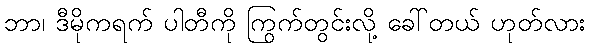
ဘာ၊ ဒီမိုကရက် ပါတီကို ကြွက်တွင်းလို့ ခေါ်တယ် ဟုတ်လား